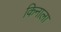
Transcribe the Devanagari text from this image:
किनाला